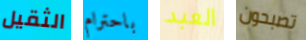
الثقيل باحترام العبد تصبحون